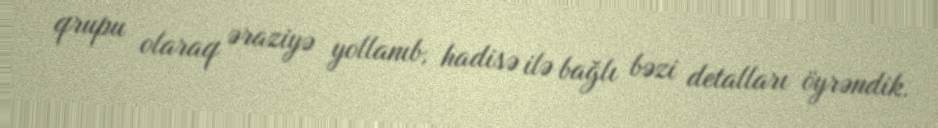
qrupu olaraq əraziyə yollanıb, hadisə ilə bağlı bəzi detalları öyrəndik.